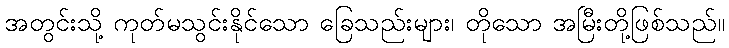
အတွင်းသို့ ကုတ်မသွင်းနိုင်သော ခြေသည်းများ၊ တိုသော အမြီးတို့ဖြစ်သည်။